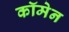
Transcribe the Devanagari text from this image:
कॉमेन